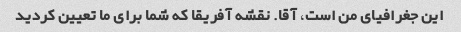
این جغرافیای من است، آقا. نقشه آفریقا که شما برای ما تعیین کردید